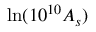
\ln ( 1 0 ^ { 1 0 } A _ { s } )